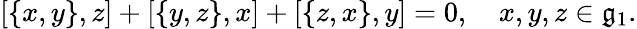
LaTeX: [\left\{ x,y\right\} ,z]+[\left\{ y,z\right\} ,x]+[\left\{ z,x\right\} ,y]=0,\quad x,y,z\in{\mathfrak{g}}_{1}.